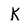
Character: K